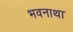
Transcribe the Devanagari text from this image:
भवनाथा